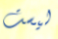
ليست